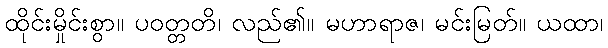
ထိုင်းမှိုင်းစွာ။ ပဝတ္တတိ၊ လည်၏။ မဟာရာဇ၊ မင်းမြတ်။ ယထာ၊